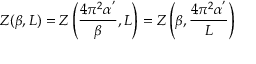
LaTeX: Z ( \beta , L ) = Z \left( \frac { 4 \pi ^ { 2 } \alpha ^ { ' } } { \beta } , L \right) = Z \left( \beta , \frac { 4 \pi ^ { 2 } \alpha ^ { ' } } { L } \right)